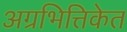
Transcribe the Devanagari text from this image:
अग्रभित्तिकेत